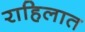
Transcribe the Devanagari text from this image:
राहिलात